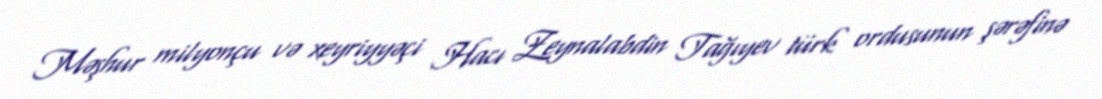
Məşhur milyonçu və xeyriyyəçi Hacı Zeynalabdin Tağıyev türk ordusunun şərəfinə